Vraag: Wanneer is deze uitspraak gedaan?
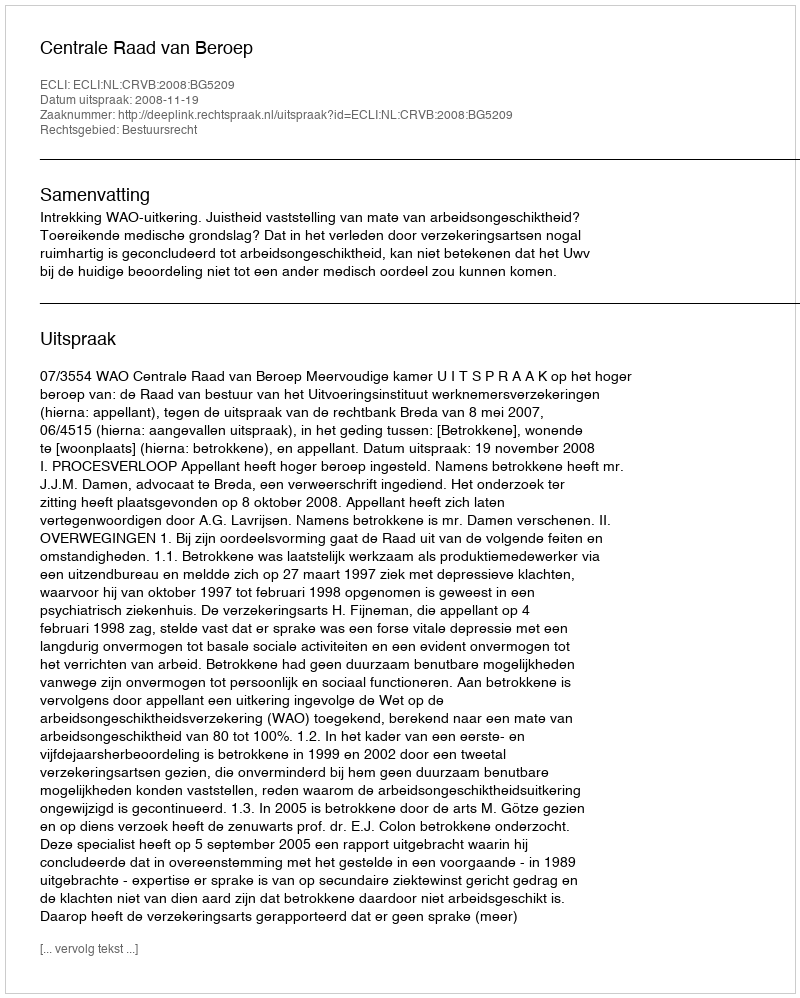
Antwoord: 2008-11-19